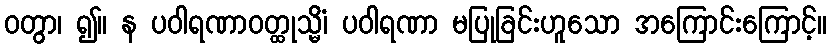
ဝတွာ၊ ၍။ န ပဝါရဏာဝတ္ထုသ္မိံ၊ ပဝါရဏာ မပြုခြင်းဟူသော အကြောင်းကြောင့်။